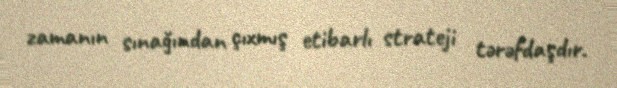
zamanın sınağından çıxmış etibarlı strateji tərəfdaşdır.